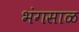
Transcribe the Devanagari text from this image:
भंगसाळ